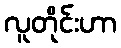
လူတိုင်းဟာ